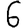
Digit: 6